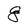
Character: 8